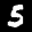
Label: 5